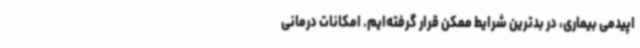
اپیدمی بیماری، در بدترین شرایط ممکن قرار گرفته‌ایم. امکانات درمانی